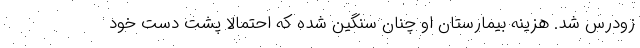
زودرس شد. هزینه بیمارستان او چنان سنگین شده که احتمالاً پشت دست خود